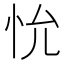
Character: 𪫤